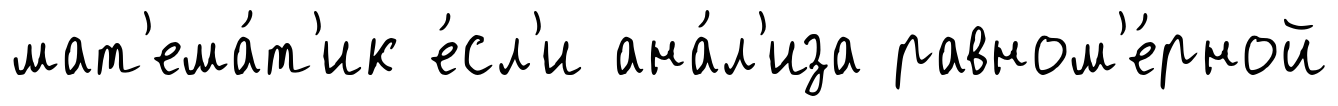
мат'ема́т'ик е́сл'и ана́л'иза равном'е́рной